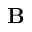
\textbf { B }